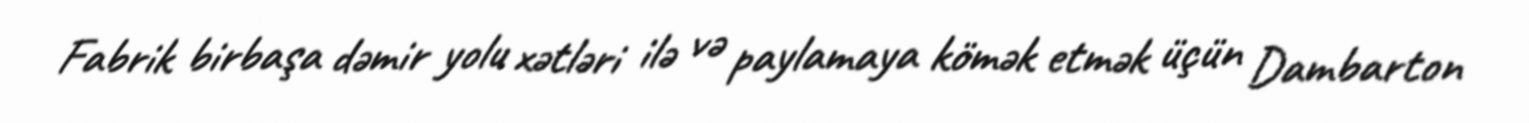
Fabrik birbaşa dəmir yolu xətləri ilə və paylamaya kömək etmək üçün Dambarton